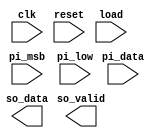
module STI(clk ,reset, load, pi_data,  pi_msb, pi_low,
           so_data, so_valid );

input       clk, reset;
input       load, pi_msb, pi_low; 
input   [15:0]  pi_data;

output      so_data, so_valid;





endmodule